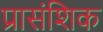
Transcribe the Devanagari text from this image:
प्रासंशिक